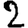
Digit: 2